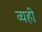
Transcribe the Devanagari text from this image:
व्यही